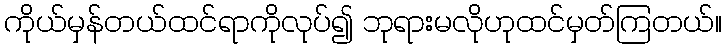
ကိုယ်မှန်တယ်ထင်ရာကိုလုပ်၍ ဘုရားမလိုဟုထင်မှတ်ကြတယ်။